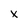
Character: x